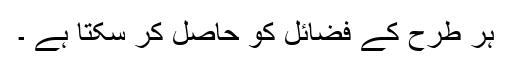
ہر طرح کے فضائل کو حاصل کر سکتا ہے ۔